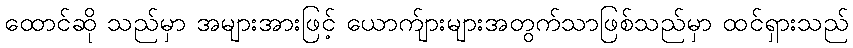
ထောင်ဆို သည်မှာ အများအားဖြင့် ယောက်ျားများအတွက်သာဖြစ်သည်မှာ ထင်ရှားသည်